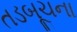
તડબૂચના